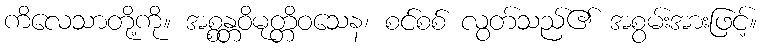
ကိလေသာတို့ကို။ အစ္စန္တဝိမုတ္တိဝသေန၊ စင်စစ် လွတ်သည်၏ အစွမ်းအားဖြင့်။